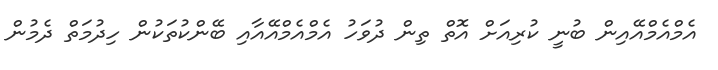
އެމްއެމްއޭއިން ބުނީ ކުރިއަށް އޮތް ތިން ދުވަހު އެމްއެމްއޭއާއި ބޭންކުތަކުން ހިދުމަތް ދެމުން